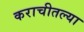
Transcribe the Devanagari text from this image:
कराचीतल्या